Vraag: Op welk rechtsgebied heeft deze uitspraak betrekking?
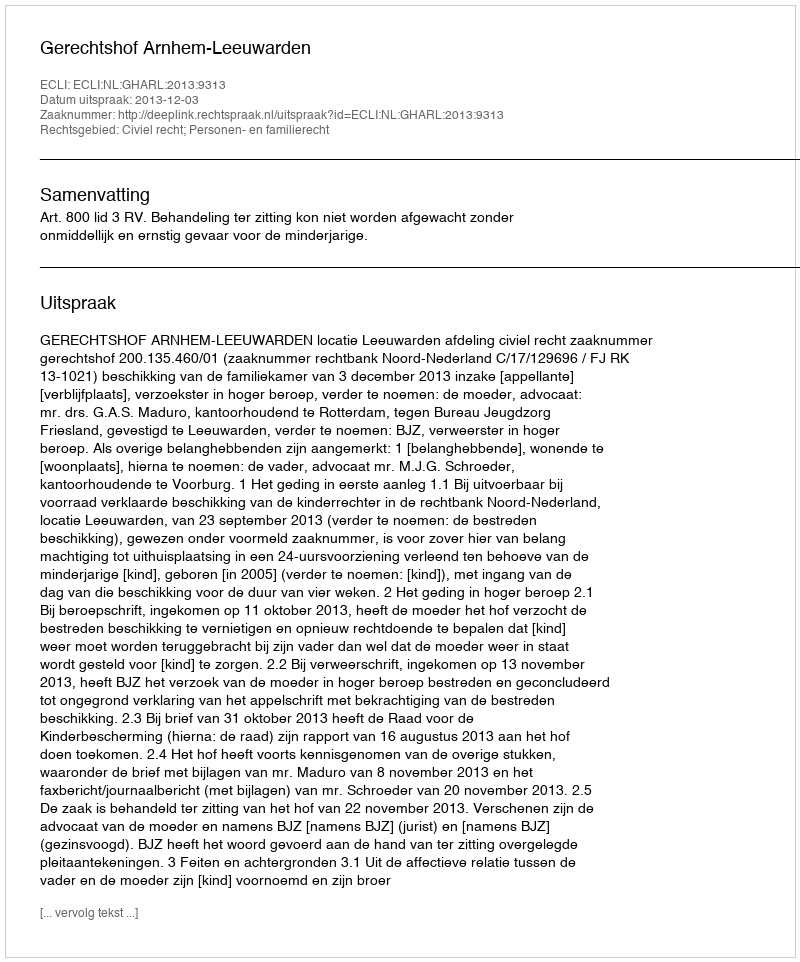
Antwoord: Civiel recht; Personen- en familierecht